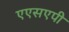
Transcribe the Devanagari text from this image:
एएसएपी